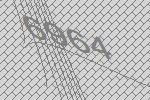
6964